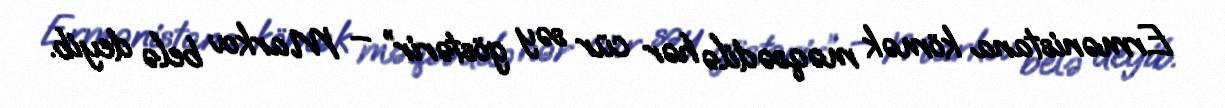
Ermənistana kömək məqsədilə hər cür səy göstərir” – Markov belə deyib.